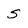
Character: 5